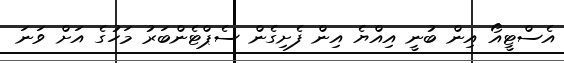
އެސްޓީއޯ އިން ބުނީ އިއްޔެ އިން ފެށިގެން ސެޕްޓެންބަރު މަހުގެ އަށް ވަނަ